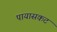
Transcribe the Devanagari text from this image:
पायासकट